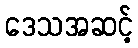
ဒေသအဆင့်